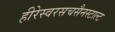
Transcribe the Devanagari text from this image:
हीरेस्वरसचसैनस्टाल्ट